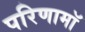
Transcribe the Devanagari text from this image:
परिणामॉ